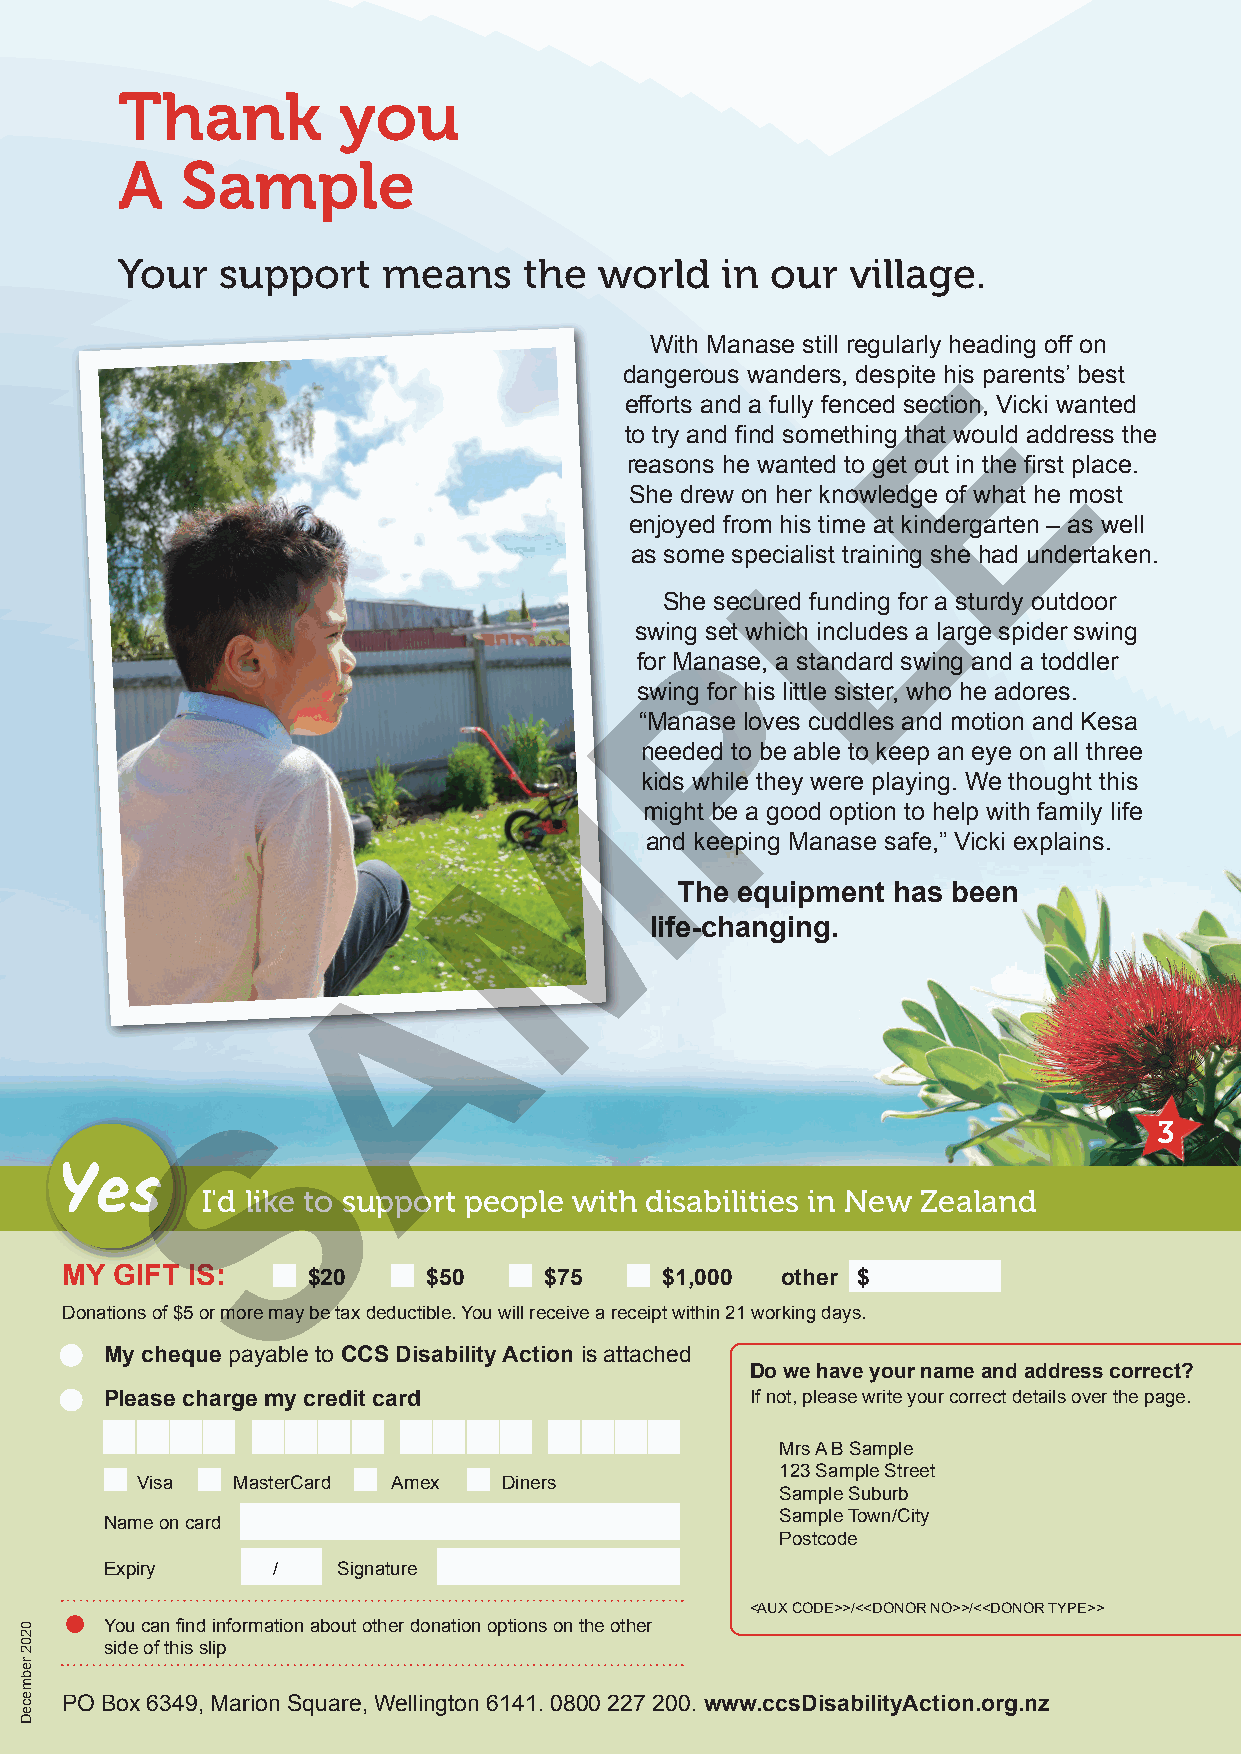
Thank         you
 A   Sample
 Your   support   means     the  world   in our  village.
 With Manase still regularly heading off on
 E
 dangerous wanders, despite his parents’ best
 efforts and a fully fenced section, Vicki wanted
 to try and find something that would address the
 reasons he wanted to get out in the first place.
 She drew on her Lknowledge of what he most
 enjoyed from his time at kindergarten – as well
 as some specialist training she had undertaken.
 She secured funding for a sturdy outdoor
 swingP set which includes a large spider swing
 for Manase, a standard swing and a toddler
 swing for his little sister, who he adores.
 “Manase loves cuddles and motion and Kesa
 needed to be able to keep an eye on all three
 M
 kids while they were playing. We thought this
 might be a good option to help with family life
 and keeping Manase safe,” Vicki explains.
 The equipment has been
 life-changing.
 A
 S
 3
 Yes
 I'd like to support people with disabilities in New Zealand
 MY  GIFT IS:    $20     $50     $75     $1,000  other $
 Donations of $5 or more may be tax deductible. You will receive a receipt within 21 working days.
 My cheque payable to CCS Disability Action is attached
 Do we have your name and address correct?
 Please charge my credit card               If not, please write your correct details over the page.
 Mrs A B Sample
 123 Sample Street
 Visa  MasterCard Amex   Diners
 Sample Suburb
 Name on card
 Sample Town/City
 Postcode
 Expiry     /   Signature
 <AUX CODE>>/<<DONOR NO>>/<<DONOR TYPE>>
 You can find information about other donation options on the other
 side of this slip
 PO Box 6349, Marion Square, Wellington 6141. 0800 227 200. www.ccsDisabilityAction.org.nz
 0202
 rebmeceD